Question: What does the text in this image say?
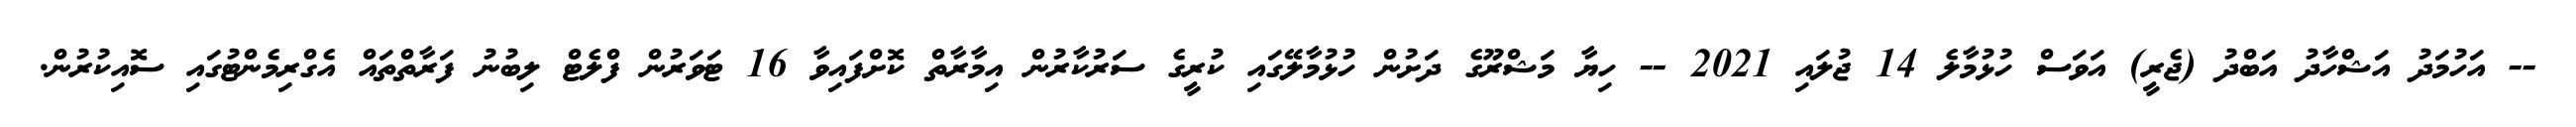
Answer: -- އަހުމަދު އަޝްހާދު އަބްދު (ޖެރީ) އަވަސް ހުޅުމާލެ 14 ޖުލައި 2021 -- ހިޔާ މަޝްރޫގެ ދަށުން ހުޅުމާލޭގައި ކުރީގެ ސަރުކާރުން އިމާރާތް ކޮށްފައިވާ 16 ޓަވަރުން ފްލެޓް ލިބުނު ފަރާތްތައް އެގްރިމެންޓުގައި ސޮއިކުރުން.